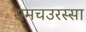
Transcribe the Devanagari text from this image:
समचउरस्सा